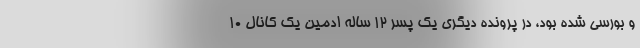
و بورسی شده بود، در پرونده دیگری یک پسر ۱۲ ساله ادمین یک کانال ۱۰